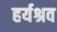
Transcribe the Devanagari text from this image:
हर्यश्रव